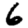
Digit: 6